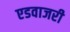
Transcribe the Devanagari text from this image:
एडवाजरी